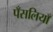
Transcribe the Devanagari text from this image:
पँसलियाँ